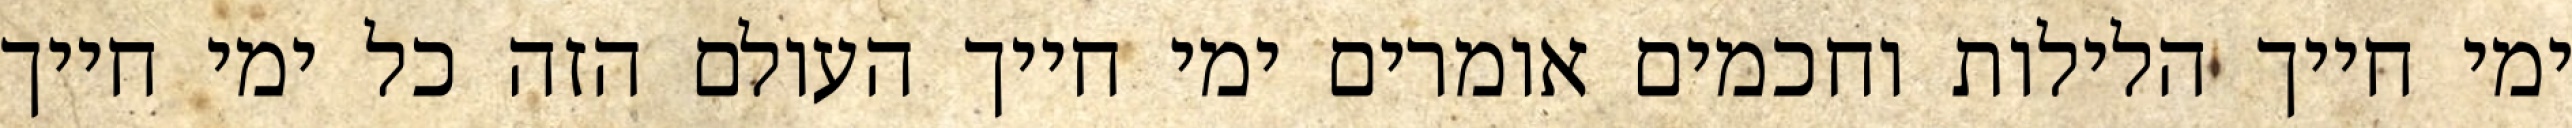
ימי חייך הלילות וחכמים אומרים ימי חייך העולם הזה כל ימי חייך